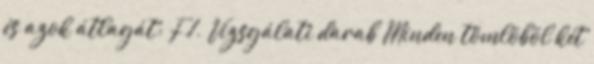
és azok átlagát; F.1. Vizsgálati darab Minden tömlõbõl két